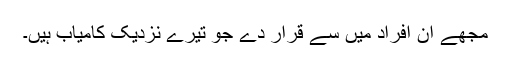
مجھے ان افراد میں سے قرار دے جو تیرے نزدیک کامیاب ہیں۔